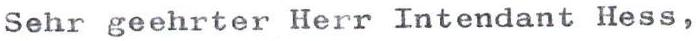
Sehr geehrter Herr Intendant Hess,